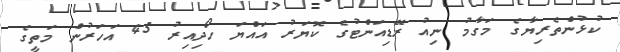
ކުޅުންތެރިޔާގެ މަގާމު ނިއު ރޭޑިއަންޓުގެ ކޮޔަރު އައްޔަ ހޯދިއިރު 45 އަހަރުން މަތީގެ